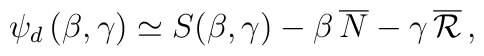
\psi_d \, (\beta , \gamma) \simeq S (\beta , \gamma) - \beta \,\overline N - \gamma \, \overline{\cal R} \, ,